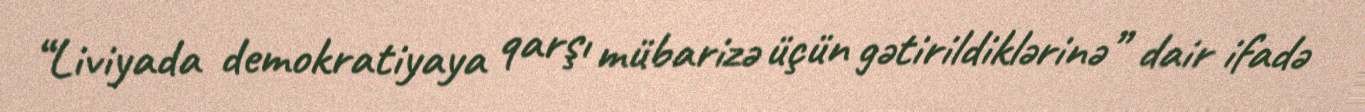
“Liviyada demokratiyaya qarşı mübarizə üçün gətirildiklərinə” dair ifadə